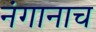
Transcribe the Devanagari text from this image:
नंगानाच